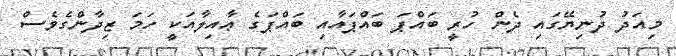
މިއަދު ދުނިޔޭގައި ދެން ހުރީ ބައްޕަ ބައްޕައާއި ބައްޕަގެ ޢާއިލާއަކީ ހަމަ ޒިދާންގެވެސް